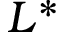
L ^ { * }